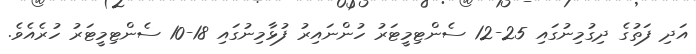
އަދި ފަތުގެ ދިގުމިނުގައި 25-12 ސެންޓިމީޓަރު ހުންނައިރު ފުޅާމިނުގައި 18-10 ސެންޓިމީޓަރު ހުރެއެވެ.